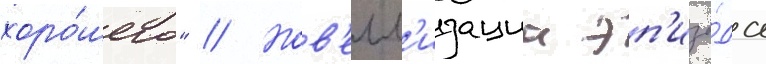
хоро́шего" // Нов'елл'изациа эп'изо́да